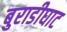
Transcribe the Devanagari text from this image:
बुराडीघाट